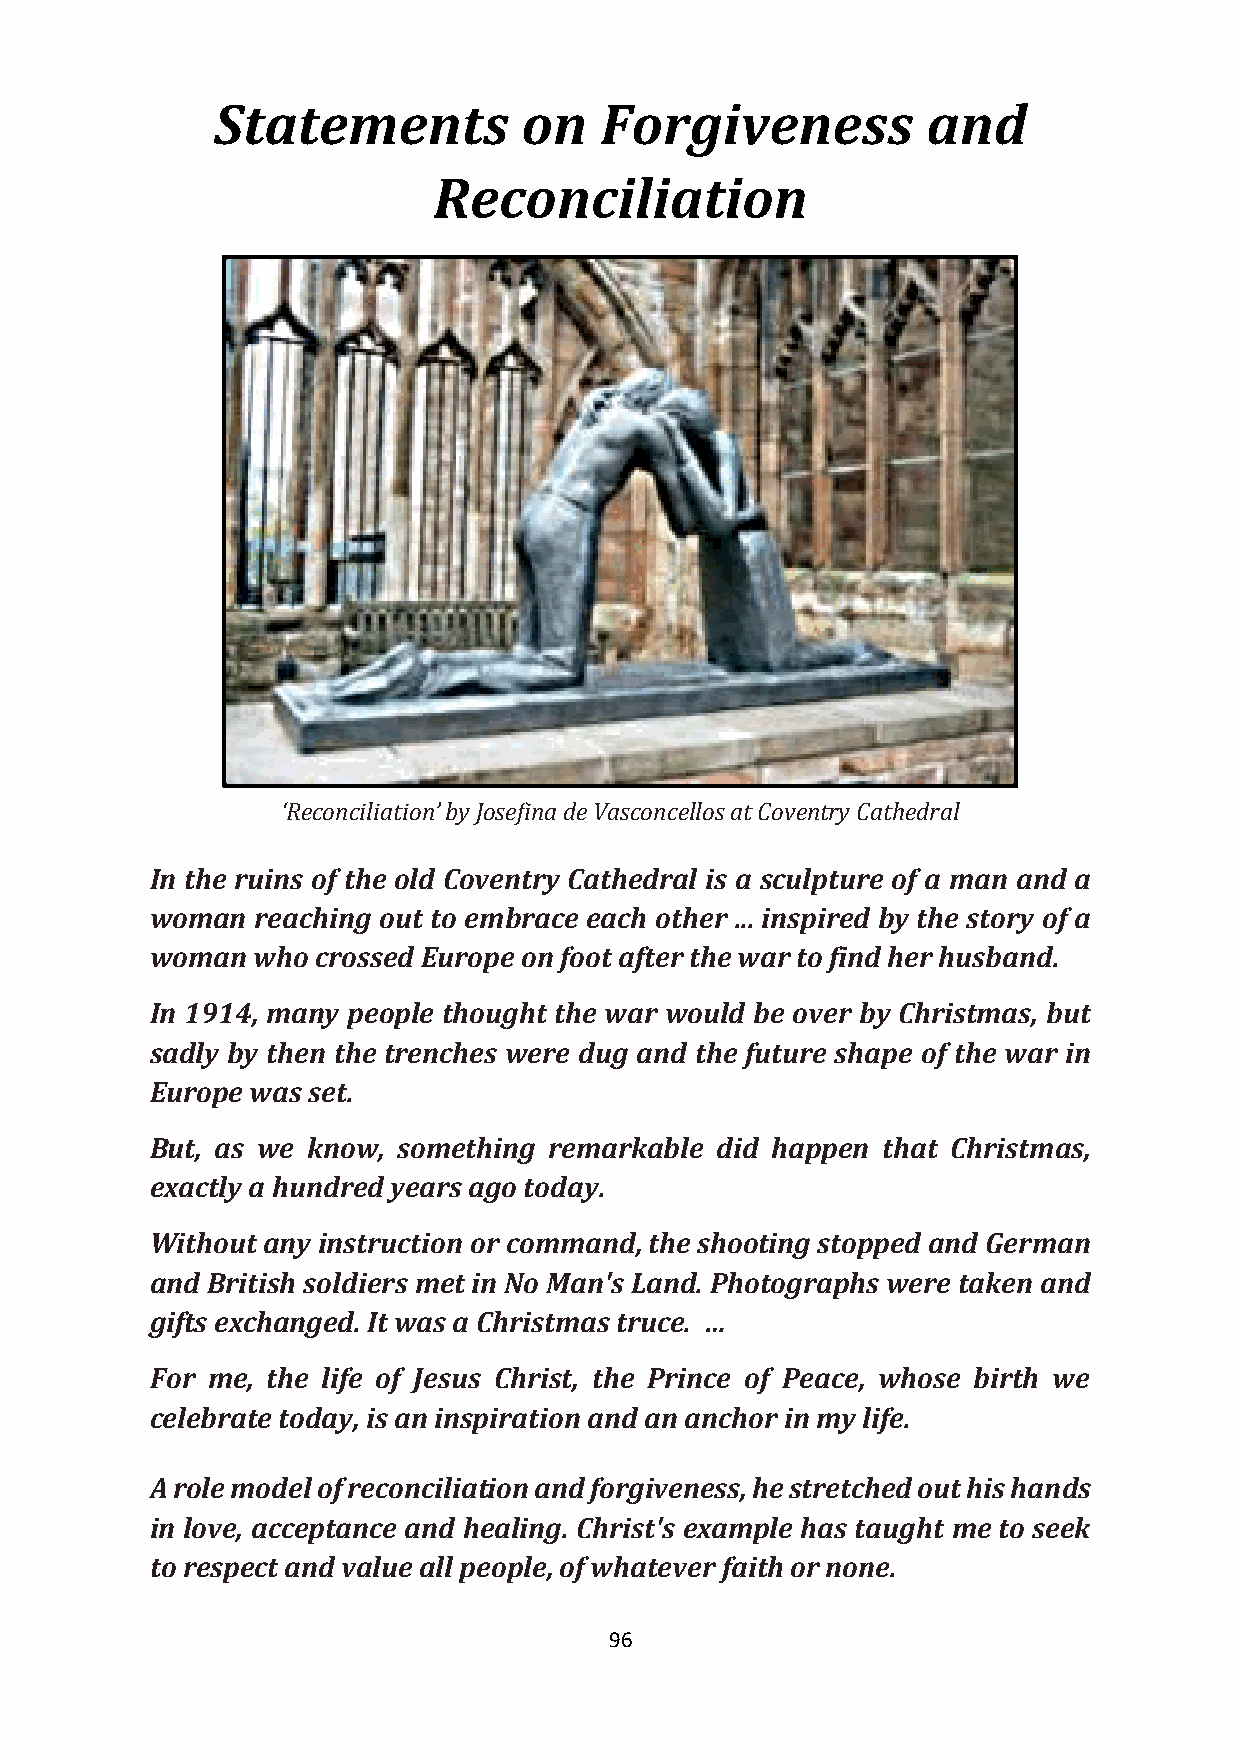
Statements           on   Forgiveness          and
 Reconciliation
 ‘Reconciliation’ by Josefina de Vasconcellos at Coventry Cathedral
 In the ruins of the old Coventry Cathedral is a sculpture of a man and a
 woman  reaching out to embrace each other ... inspired by the story of a
 woman  who crossed Europe on foot after the war to find her husband.
 In 1914, many people thought the war would be over by Christmas, but
 sadly by then the trenches were dug and the future shape of the war in
 Europe was set.
 But, as we know, something remarkable did happen that Christmas,
 exactly a hundred years ago today.
 Without any instruction or command, the shooting stopped and German
 and British soldiers met in No Man's Land. Photographs were taken and
 gifts exchanged. It was a Christmas truce. …
 For me, the life of Jesus Christ, the Prince of Peace, whose birth we
 celebrate today, is an inspiration and an anchor in my life.
 A role model of reconciliation and forgiveness, he stretched out his hands
 in love, acceptance and healing. Christ's example has taught me to seek
 to respect and value all people, of whatever faith or none.
 96